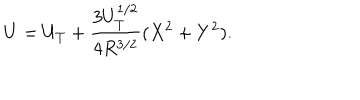
LaTeX: U = U _ { T } + \frac { 3 U _ { T } ^ { 1 / 2 } } { 4 R ^ { 3 / 2 } } ( X ^ { 2 } + Y ^ { 2 } ) .